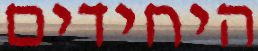
היחידים